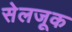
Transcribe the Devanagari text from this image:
सेलजूक